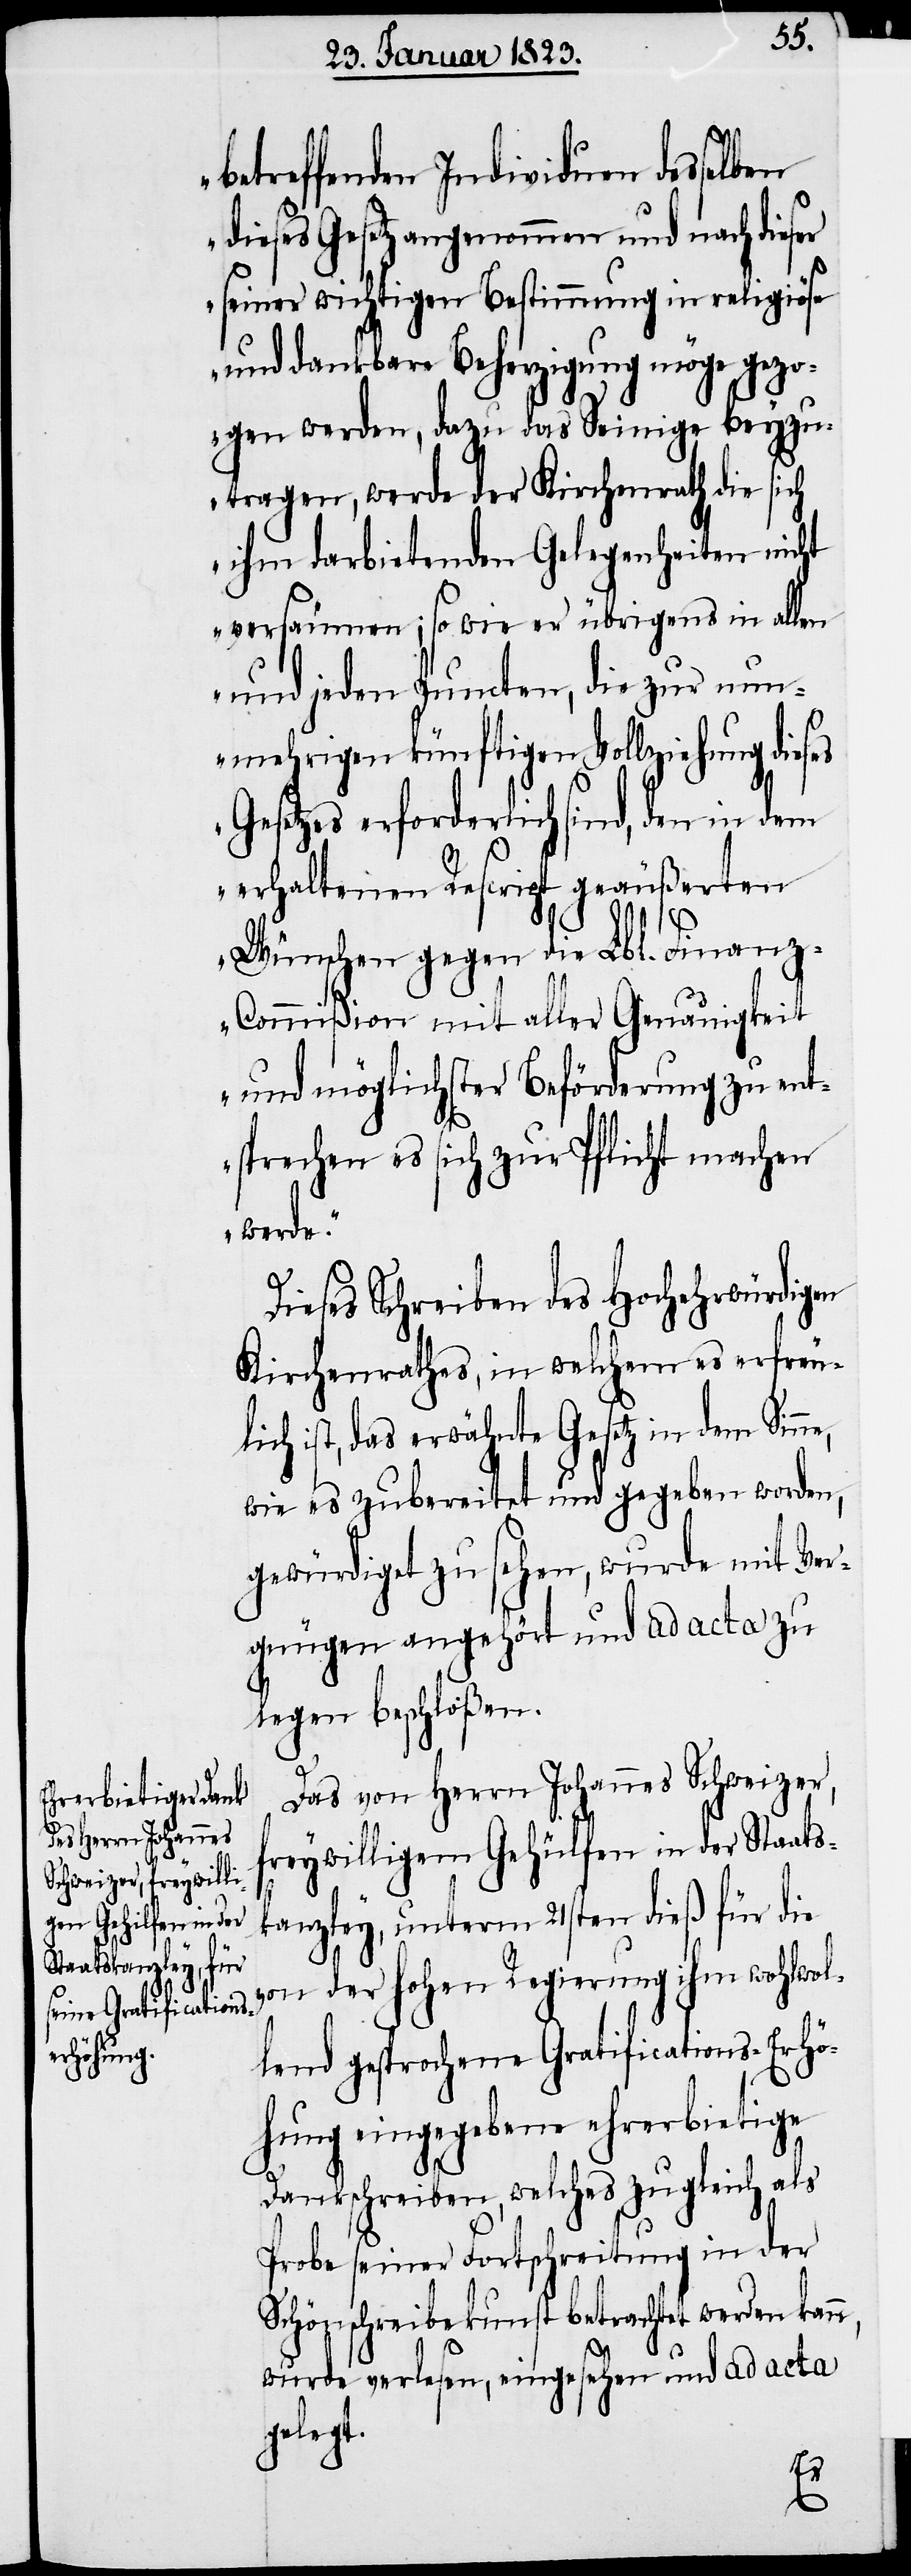
betreffenden Individuen desselben
dieses Gesetz angenommen und nach dieser
seiner wichtigen Bestimmung in religiöse
und dankbare Beherzigung möge gezo¬
gen werden, dazu das Seinige beyzu¬
tragen, werde der Kirchenrath die sich
ihm darbietenden Gelegenheiten nicht
versäumen; so wie er übrigens in allen
und jeden Puncten, die zur nu¬
nmehrigen künftigen Vollziehung dieses
Gesetzes erforderlich sind, den in
erhaltenen Rescript geäußerten
Wünschen gegen die Lbl. Finan¬
z-Commißion mit aller Genauigkeit
und möglichster Beförderung zu ent¬
sprechen es sich zur Pflicht machen
werde.“
Dieses Schreiben des Hochehrwürdigen
Kirchenrathes, in welchem es erfreu¬
lich ist, das erwähnte Gesetz in dem Sinne,
wie es zubereitet und gegeben worden,
gewürdiget zu sehen, wurde mit Ver¬
gnügen angehört und ad acta zu
legen beschloßen.
Das von Herrn Johannes Schweizer,
freywilligem Gehülfen in der Staats¬
kanzley, unterm 21sten dieß für die
von der hohen Regierung ihm wohlwol¬
lend gesprochene Gratifications-Erhö¬
hung eingegebene ehrerbietige
Dankschreiben, welches zugleich als
Probe seiner Fortschreitung in der
Schönschreibekunst betrachtet werden kan¬
wurde verlesen, eingesehen und ad acta
gelegt.

n,